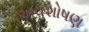
અવશોષણ